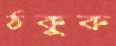
ঠকুক